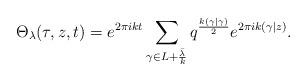
LaTeX: \begin{align*}\Theta_{\lambda} (\tau, z, t) = e^{2 \pi i k t } \sum_{\gamma \in L + \frac{\bar{\lambda}}{k}}^{} q^{\frac{k (\gamma | \gamma)}{2}} e^{2 \pi i k(\gamma|z)}.\end{align*}